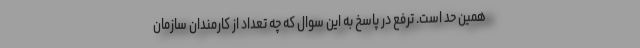
همین حد است. ترفع در پاسخ به این سوال که چه تعداد از کارمندان سازمان